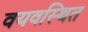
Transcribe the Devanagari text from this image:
वयवस्थित